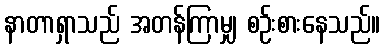
နာတာရှာသည် အတန်ကြာမျှ စဉ်းစားနေသည်။